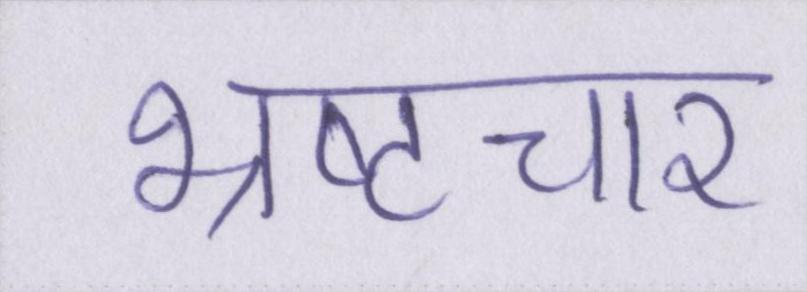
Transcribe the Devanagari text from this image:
भ्रष्टचार